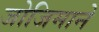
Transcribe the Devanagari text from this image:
जोजिमाने